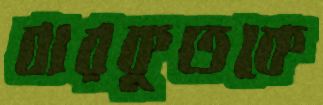
বারকুতকে